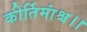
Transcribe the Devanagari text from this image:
कीर्तिमांश्च।।